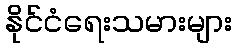
နိုင်ငံရေးသမားများ